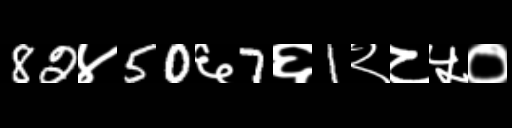
Text: 82४50६7६1२८५०